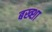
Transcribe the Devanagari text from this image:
बख्‍शा